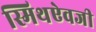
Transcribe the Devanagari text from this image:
स्मिथऐवजी